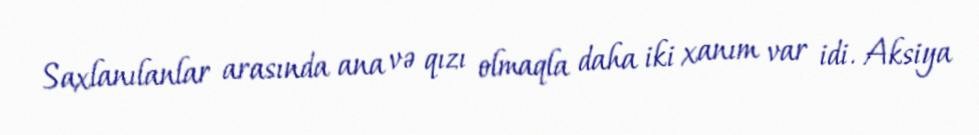
Saxlanılanlar arasında ana və qızı olmaqla daha iki xanım var idi. Aksiya